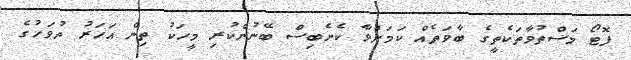
ފޮޓޯ މަސްތުވާތަކެތީގެ ބާވަތެއް ކަމަށްވާ ކެނެބިސް ބޭނުންކުރި މީހަކު ތިން އަހަރު ދުވަހުގެ